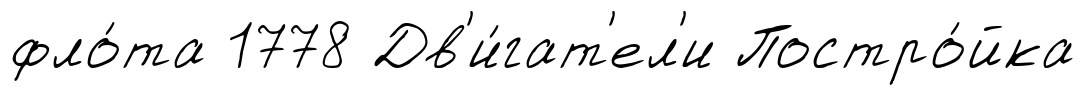
фло́та 1778 Дв'и́гат'ел'и Постро́йка